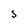
Character: s